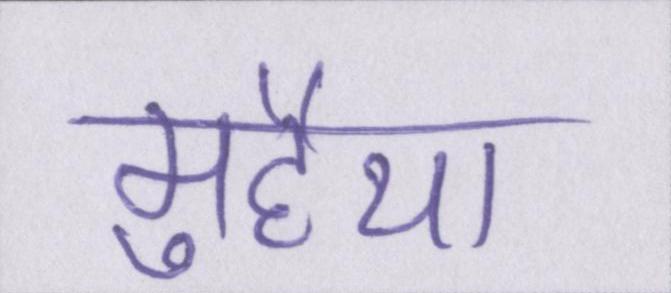
मुहैया